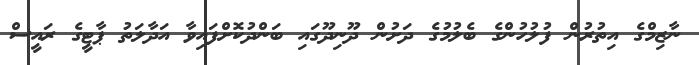
ނާޒިމްގެ އިތުރުން ފުލުހުންގެ ބެލުމުގެ ދަށުން ދޫނިދޫގައި ބަންދުކޮށްފައިވާ އަދާލަތު ޕާޓީގެ ރައީސް